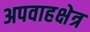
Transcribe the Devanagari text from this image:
अपवाहक्षेत्र